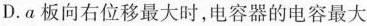
D.α板向右位移最大时，电容器的电容最大